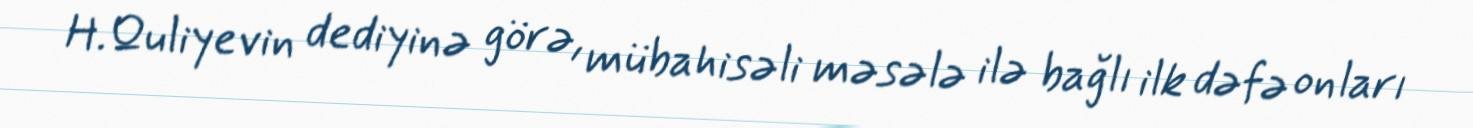
H.Quliyevin dediyinə görə, mübahisəli məsələ ilə bağlı ilk dəfə onları